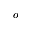
o